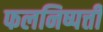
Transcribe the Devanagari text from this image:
फलनिष्पत्ती